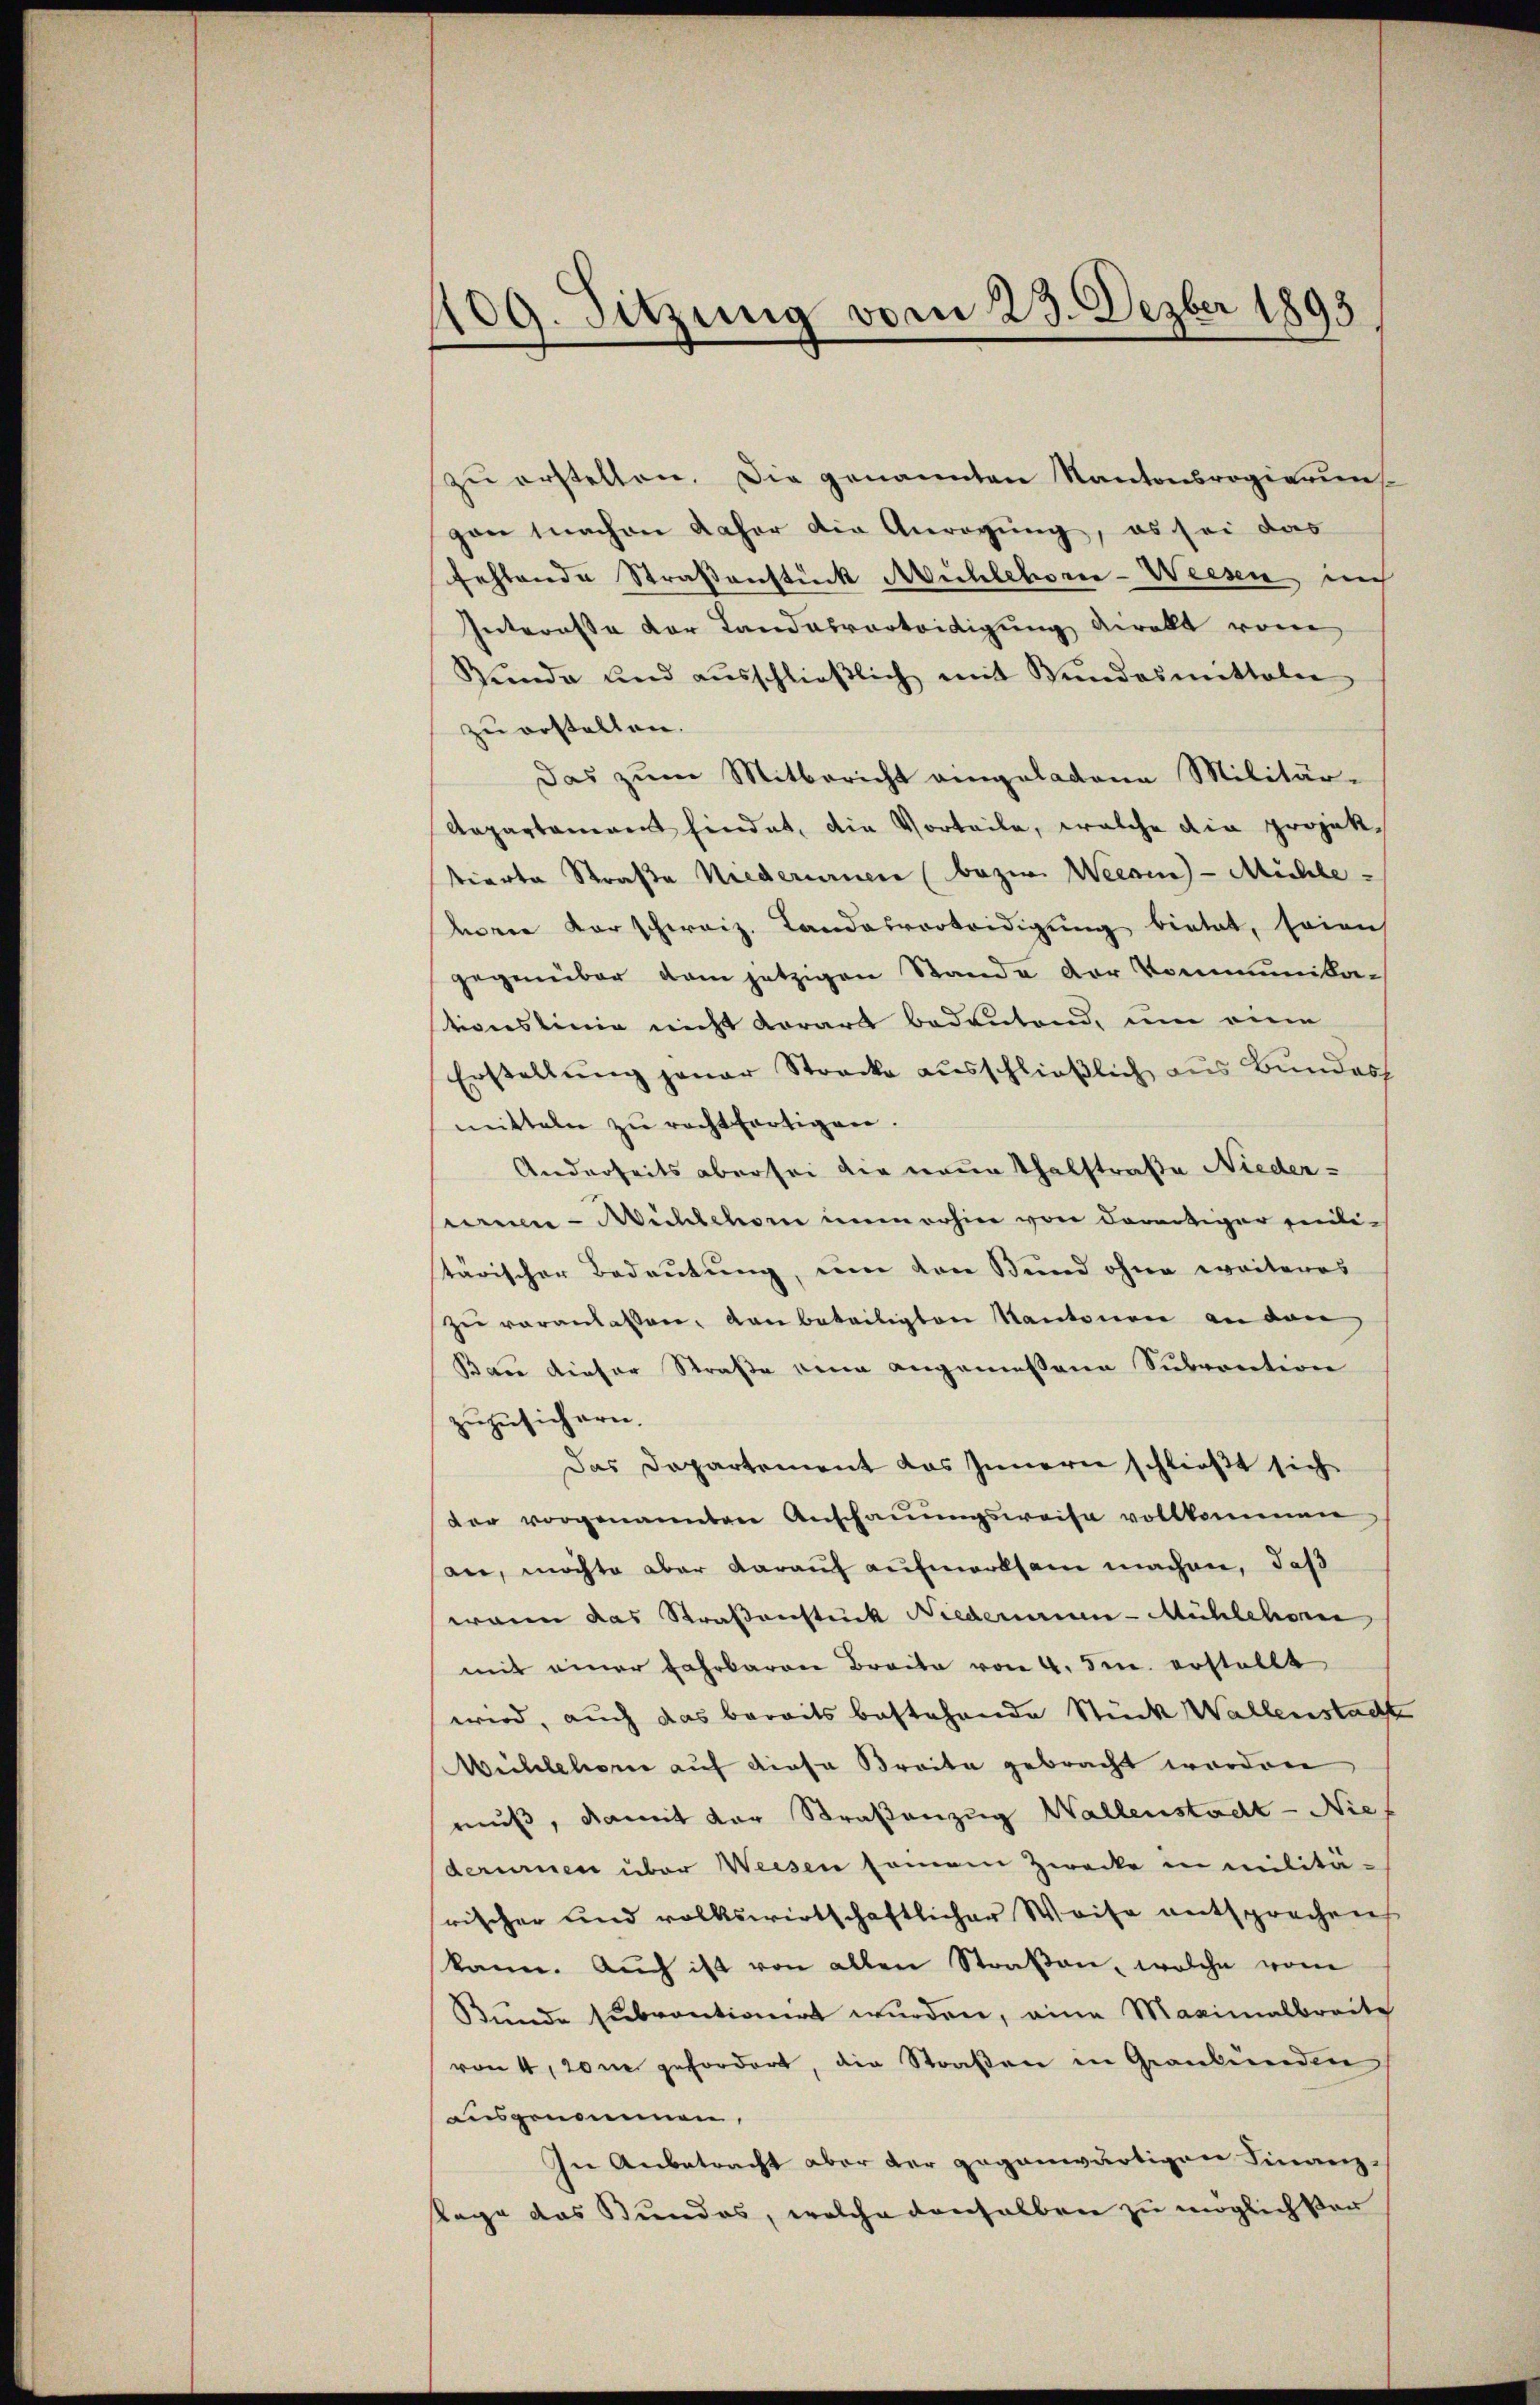
109. Sitzung vom 23. Dezber 1893.

zu erstellen. Die genannten Kantonsregierungen nachen daher die Anregung, es sei das
fehlende Straßenstück Mühlehore-Weesen auch
Interesse der Landesvorteidigung deralt vom
Rŭnde und aŭsschlieβlich mit Bŭndesmittaler
zu erstellen.
Das zum Mitbericht eingeladene Militär-
Aapartament hindet, die Vorteile, welche die projektierte Straße Niederurner (bezw. Weesen-Mühle-
hren Vorschweiz. Landesvorteidigung bietet, seines
gegenüber dem jetzigen Stande der Kommunika-
tionslinie nicht vorart bedeutend, um eine
Erstellŭng genar Strecke ausschließlich aus Bundess
mitteln zŭ rechtfertigen.
Anderseits aber sei die neue Thalstraße Nieder-
sen-Wichschon immerhin von derartiger seititärischer Bedeutung, um den Bund ohne weiteres
zŭ veranlassen, von beteiligten Kantonen an den
Bau dieser Straße eine angemessene Subvention
zuzusichern.
Das Departement das Innern schließt sich
der vorgenannten Anschauungsweise vollkommen
an, möchte aber darauf aufmerksam machen, daß
waren das Straßenstück Niederaien-Mühlehor
mit einer Fahrbaren Breite von 4. Fr. erstellt
wird, auch das bereits bestehende Stück Wallenstacht
Mühlehorce auf diese Breite gebracht worden
muß, damit der Straßenzug Wallenstadt-Nief
derurnen über Weisen seien Zwecke in militärischer und volkswirtschaftlicher Weise entsprechen
kann. Auch ist von allen Straßen, welche vom
Bunde subventionirt wurden, eine Maximalbreite
von 4,20m gefordert, die Straßen in Graubünden
ausgenommen.
In Anbetracht aber der gegenwärtigen Finanz-
Rage das Bundes, welche denselben zu möglich ver